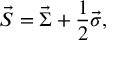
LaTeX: \vec { S } = \vec { \Sigma } + \frac { 1 } { 2 } \vec { \sigma } ,